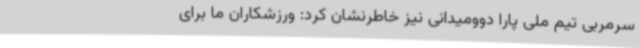
سرمربی تیم ملی پارا دوومیدانی نیز خاطرنشان کرد: ورزشکاران ما برای